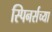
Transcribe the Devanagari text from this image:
स्पिनर्सच्या